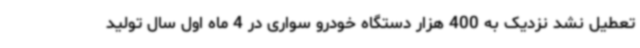
تعطیل نشد نزدیک به 400 هزار دستگاه خودرو سواری در 4 ماه اول سال تولید